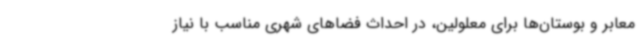
معابر و بوستان‌ها برای معلولین، در احداث فضاهای شهری مناسب با نیاز